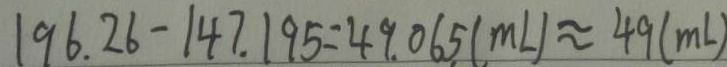
1 9 6 . 2 6 - 1 4 7 . 1 9 5 = 4 9 . 0 6 5 ( m L ) \approx 4 9 ( m L )